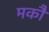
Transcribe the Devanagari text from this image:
मकौ